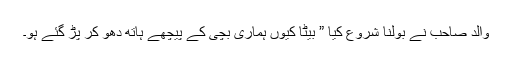
والد صاحب نے بولنا شروع کیا ” بیٹا کیوں ہماری بچی کے پیچھے ہاتھ دھو کر پڑ گئے ہو۔